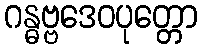
ဂန္ဓဗ္ဗဒေဝပုတ္တော